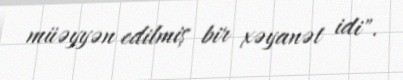
müəyyən edilmiş bir xəyanət idi".